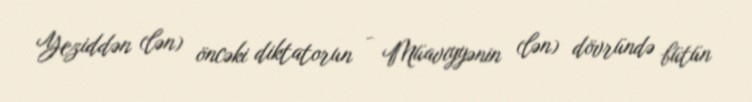
Yeziddən (lən) öncəki diktatorun - Müaviyyənin (lən) dövründə bütün